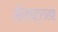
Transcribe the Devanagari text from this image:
सौराष्ट्रासह